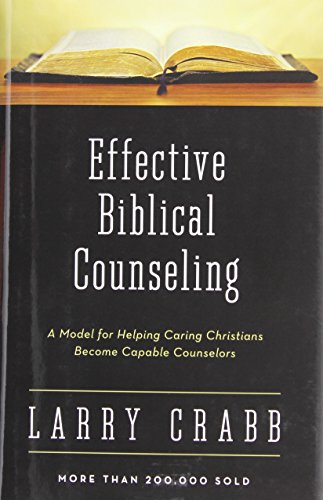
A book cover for Effective Biblical Counseling: A Model for Helping Caring Christians Become Capable Counselors; Larry Crabb; Christian Books & Bibles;